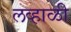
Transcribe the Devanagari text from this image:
लव्हाळी